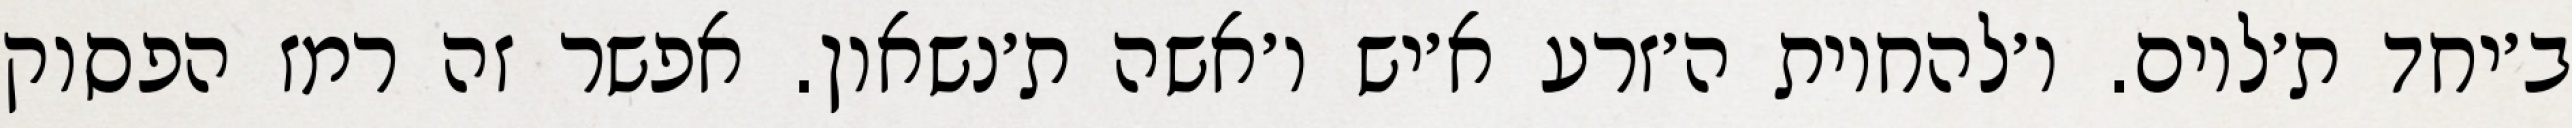
ב׳יחד ת׳לוים. ו׳להחיות ה׳זרע א׳יש ו׳אשה ת׳נשאון. אפשר זה רמז הפסוק